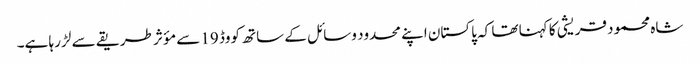
شاہ محمود قریشی کا کہنا تھا کہ پاکستان اپنے محدود وسائل کے ساتھ کووڈ 19 سے مؤثر طریقے سے لڑ رہا ہے۔